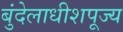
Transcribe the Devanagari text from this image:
बुंदेलाधीशपूज्य